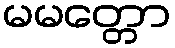
မမတ္တော